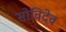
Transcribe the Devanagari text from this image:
सोविदेव